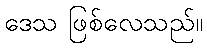
ဒေသ ဖြစ်လေသည်။